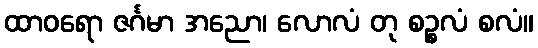
ထာဝရော ဇင်္ဂမာ အညော၊ လောလံ တု စဉ္စလံ စလံ။